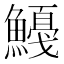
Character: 𱆿